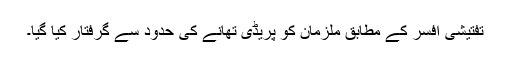
تفتیشی افسر کے مطابق ملزمان کو پریڈی تھانے کی حدود سے گرفتار کیا گیا۔